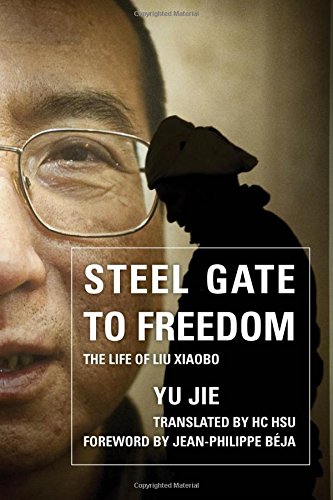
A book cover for Steel Gate to Freedom: The Life of Liu Xiaobo; Yu Jie; Biographies & Memoirs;